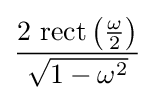
{\frac {2\,\operatorname {rect} \left({\frac {\omega }{2}}\right)}{\sqrt {1-\omega ^{2}}}}